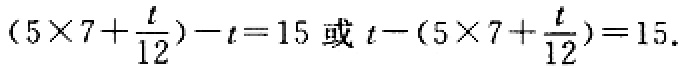
\((5\times7+\frac{t}{12})-t = 15\) 或 \(t-(5\times7+\frac{t}{12}) = 15\).